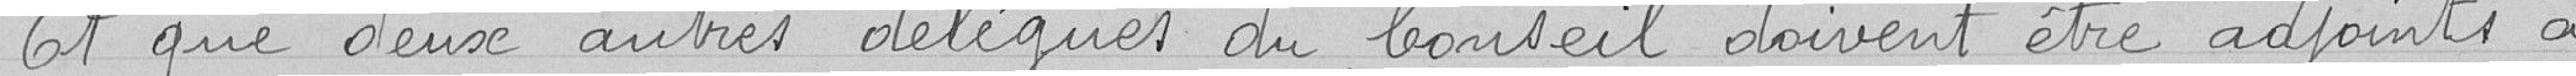
Et que deux autres délégués du Conseil doivent être adjoints à